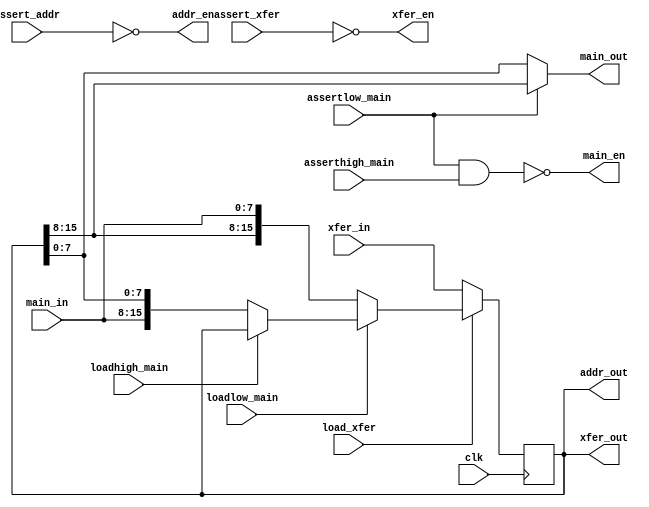
// WIDTH_AX must be 2x WIDTH_MAIN
module register_xfer #(
    parameter DEFAULT_VALUE = 0, // defaults to zero
    parameter WIDTH_AX = 16, // bus width for addr and xfer bus in bits
    parameter WIDTH_MAIN = 8 // bus width for main bus in bits
) (
    input clk,

    // address bus
    // input [WIDTH_AX-1:0] addr_in,
    input assert_addr,
    output [WIDTH_AX-1:0] addr_out,
    output addr_en,

    // xfer bus
    input [WIDTH_AX-1:0] xfer_in,
    input assert_xfer, load_xfer,
    output [WIDTH_AX-1:0] xfer_out,
    output xfer_en,

    // main bus
    input [WIDTH_MAIN-1:0] main_in,
    input assertlow_main, asserthigh_main, loadlow_main, loadhigh_main,
    output [WIDTH_MAIN-1:0] main_out,
    output main_en
);
    reg [WIDTH_AX-1:0] value = DEFAULT_VALUE;

    // do everything at a clock edge to make timing more predictable
    always @(posedge clk) begin
        value <= !load_xfer ? xfer_in :   // load xfer
                !loadlow_main ? {value[WIDTH_AX-1:WIDTH_AX-WIDTH_MAIN], main_in[WIDTH_MAIN-1:0]} : // load main to low
                !loadhigh_main ? {main_in[WIDTH_MAIN-1:0], value[WIDTH_MAIN-1:0]} : // load main to high
                value;                  // no change
    end

    // note that the bus takes care enable behavior, so we just output the data at all times
    assign addr_out = value;
    assign addr_en = ~assert_addr;

    assign xfer_out = value;
    assign xfer_en = ~assert_xfer;

    // slightly weird to only use the assertlow to determine which output goes to main, but the bus handles the rest
    assign main_out = assertlow_main ? value[WIDTH_AX-1:WIDTH_AX-WIDTH_MAIN] : value[WIDTH_MAIN-1:0];
    // bus enable is active high, asserts are active low
    assign main_en = ~(assertlow_main & asserthigh_main);

endmodule